Indian Medical Review
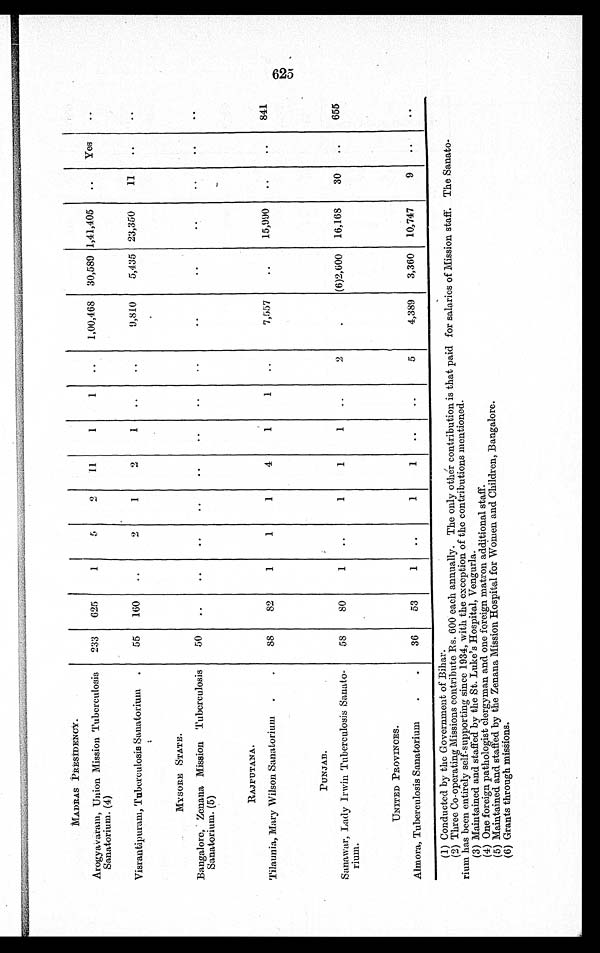
MADRAS PRESIDENCY.
Arogyavaram, Union Mission Tuberculosis
Sanatorium. (4)
233 625
1
5
2 11
1
1
1,00,468 30,589 1,41,405
Yes
Visrantipuram, Tuberculosis Sanatorium. 55 160
2
1
2
1
9,810 5,435 23,350 11
MYSORE STATE.
Bangalore, Zenana Mission Tuberculosis
Sanatorium. (5)
50
R A J P U T A N A .
Tilaunia, Mary Wilson Sanatorium
88 82
1
1
1
4
1
1
7,557
15,990
841
P U N J A B .
Sanawar, Lady Irwin Tuberculosis Sanato-
rium.
58 80
1
1
1
1
(6)2,600 16,168 30
655
UNITED PROVINCES.
Almora, Tuberculosis Sanatorium
36 53
1
1
5
4,389 3,360 10,747 9
(1)Conducted by the Government of Bihar.
(2)Three Co-operating Missions contribute Rs. 600 each annually. The only other contribution is that paid for salaries of Mission staff. The Sanato-
rium has been entirely self-supporting since 1934, with the exception of the contributions mentioned.
(3)Maintained and staffed by the St. Luke's Hospital, Vengurla.
(4)One foreign pathologist clergyman and one foreign matron additional staff.
(5)Maintained and staffed by the Zenana Mission Hospital for Women and Children, Bangalore.
(6)Grants through missions.
C. )